Report on vaccination in Madras 1877-1894 - 1877-1894
Year: 1877
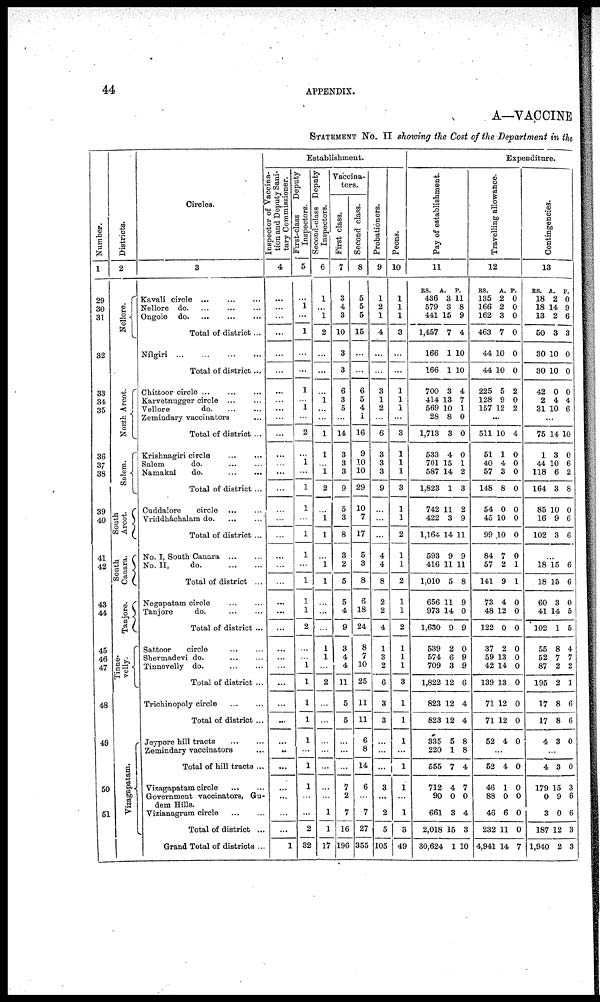
44
APPENDIX.
A—VACCINE
STATEMENT No. II showing the Cost of the Department in the
Number.
1
29
30
31
32
33
34
35
36
37
38
39
40
41
42
43
44
45
46
47
48
49
50
51
Districts.
2
Nellore.
North Arcot.
Salem.
South
Arcot.
South
Canara.
Tanjore.
Tinne-
velly.
Vizagapatam.
Circles.
3
Kavali circle
...
...
...
Nellore d
o
. ... ... ...
Ongole d
o
. ... ... ...
Total of district ...
Nílgiri
...
...
...
...
Total of district ...
Chittoor circle ... ... ...
Karvetnugger circle
...
...
Vellore
d
o
. ... ...
Zemindary vaccinators ...
Total of district ...
Krishnagiri circle
...
...
Salem
do.
...
...
Namakal
do.
...
...
Total of district ...
Cuddalore
circle
...
...
Vriddháchalam d
o
. ... ...
Total of district ...
No. I, South Canara
...
...
No. II,
do.
...
...
Total of district ...
Negapatam circle ... ...
Tanjore
do. ... ...
Total of district ...
Sattoor
circle ...
Shermadevi do.
...
...
Tinnevelly do.
...
...
Total of district ...
Trichinopoly circle
...
...
Total of district ...
Jeypore hill tracts ... ...
Zemindary vaccinators ...
Total of hill tracts ...
Vizagapatam circle
...
...
Government vaccinators, Gu-
dem Hills.
Vizianagrum circle
...
...
Total of district ...
Grand Total of districts ...
Establishment.
Inspector of vaccina-
tion and Deputy Sani-
tary Commissioner.
4
...
...
...
...
...
...
...
...
...
...
...
...
...
...
...
...
...
...
...
...
...
...
...
...
...
...
...
...
...
...
...
...
...
...
...
...
...
1
First-class
Deputy
Inspectors.
5
...
1
...
1
...
...
1
...
1
...
2
...
1
...
1
1
...
1
1
...
1
1
1
2
...
...
1
1
1
1
1
...
1
1
...
...
2
32
Second-class Deputy
Inspectors.
6
1
...
1
2
...
...
...
1
...
...
1
1
...
1
2
...
1
1
...
1
1
...
...
...
1
1
...
2
...
...
...
...
...
...
...
1
1
17
Vaccina-
tors.
First class.
7
3
4
3
10
3
3
6
3
5
...
14
3
3
3
9
5
3
8
3
2
5
5
4
9
3
4
4
11
5
5
...
...
...
7
2
7
16
196
Second class.
8
5
5
5
15
...
...
6
5
4
1
16
9
10
10
29
10
7
17
5
3
8
6
18
24
8
7
10
25
11
11
6
8
14
6
...
7
27
355
Probationers.
9
1
2
1
4
...
...
3
1
2
...
6
3
3
3
9
...
...
...
4
4
8
2
2
4
1
3
2
6
3
3
...
...
...
3
...
2
5
105
Peons.
10
1
1
1
3
...
...
1
1
1
...
3
1
1
1
3
1
1
2
1
1
2
1
1
2
1
1
1
3
1
1
1
...
1
1
...
1
3
49
Expenditure.
Pay of establishment.
11
RS.
436
579
441
1,457
166
166
700
414
569
28
1,713
533
701
587
1,823
742
422
1,164
593
416
1,010
656
973
1,630
539
574
709
1,822
823
823
335
220
555
712
90
661
2,018
30,624
A.
3
3
15
7
1
1
3
13
10
8
3
4
15
14
1
11
3
14
9
11
5
11
14
9
2
6
3
12
12
12
5
1
7
4
0
3
15
1
P.
11
8
9
4
10
10
4
7
1
0
0
0
1
2
3
2
9
11
9
11
8
9
0
9
0
9
9
6
4
4
8
8
4
7
0
4
3
10
Travelling allowance.
12
RS.
135
166
162
463
44
44
225
128
157
A.
2
2
3
7
10
10
5
9
12
P.
0
0
0
0
0
0
2
0
2
...
511
51
40
57
148
54
45
99
84
57
141
73
48
122
37
59
42
139
71
71
52
10
1
4
3
8
0
10
10
7
2
9
4
12
0
2
13
14
13
12
12
4
4
0
0
0
0
0
0
0
0
1
1
0
0
0
0
0
0
0
0
0
0
...
52
46
88
46
232
4,941
4
1
0
6
11
14
0
0
0
0
0
7
Contingencies.
13
RS.
18
18
13
50
30
30
42
2
31
A.
2
14
2
3
10
10
0
4
10
P.
0
9
6
3
0
0
0
4
6
...
75
1
44
118
164
85
16
102
14
3
10
6
3
10
9
3
10
0
6
2
8
0
6
6
...
18
18
60
41
102
55
52
87
195
17
17
4
15
15
3
14
1
8
7
2
2
8
8
3
6
6
0
5
5
4
7
2
1
6
6
0
...
4
179
0
3
187
1,940
3
15
9
0
12
2
0
3
6
6
3
3